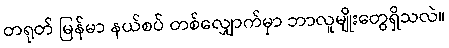
တရုတ် မြန်မာ နယ်စပ် တစ်လျှောက်မှာ ဘာလူမျိုးတွေရှိသလဲ။